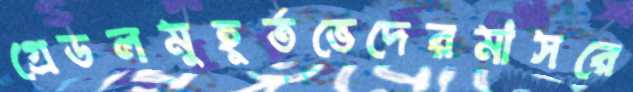
গ্রেডলমুহূর্তভেদেরমাসরে